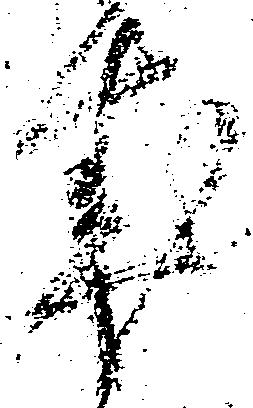
来